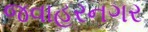
જવાહરનગર